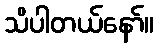
သိပါတယ်နော်။